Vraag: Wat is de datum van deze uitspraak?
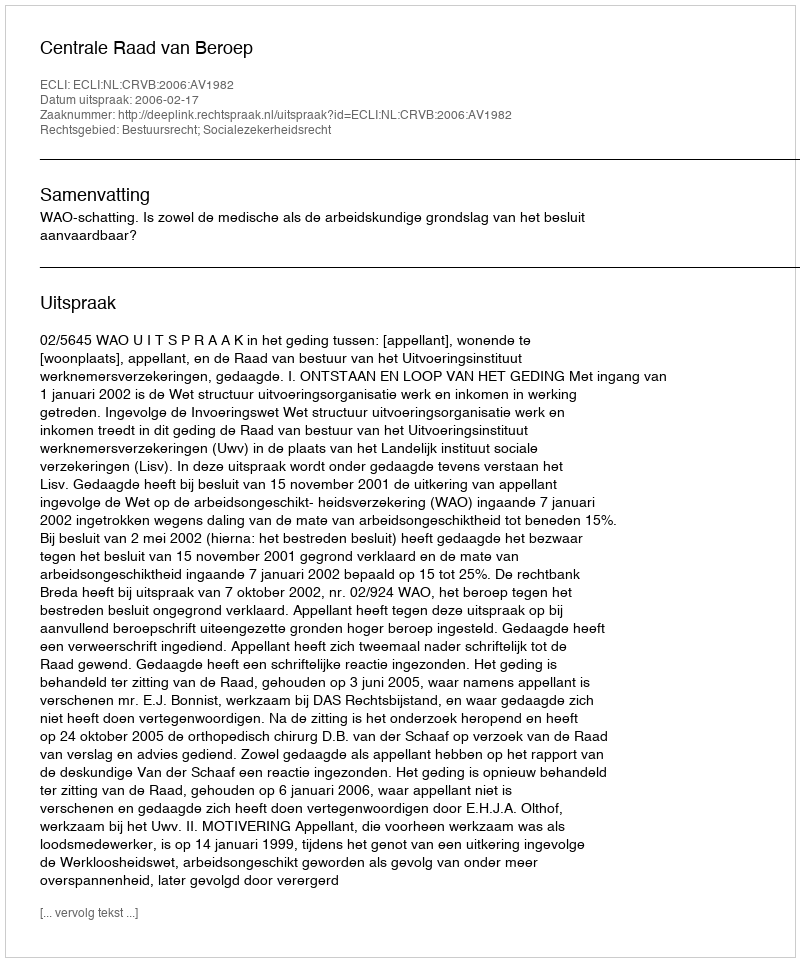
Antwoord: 2006-02-17